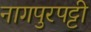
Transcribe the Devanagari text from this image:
नागपुरपट्टी